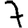
Digit: 7